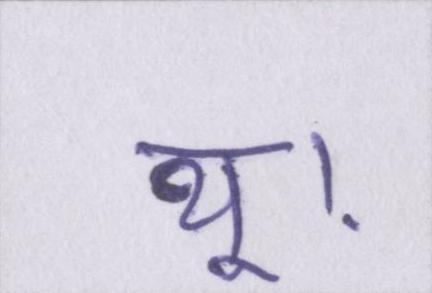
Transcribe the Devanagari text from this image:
थू।